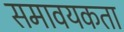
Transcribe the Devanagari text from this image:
समावयकता